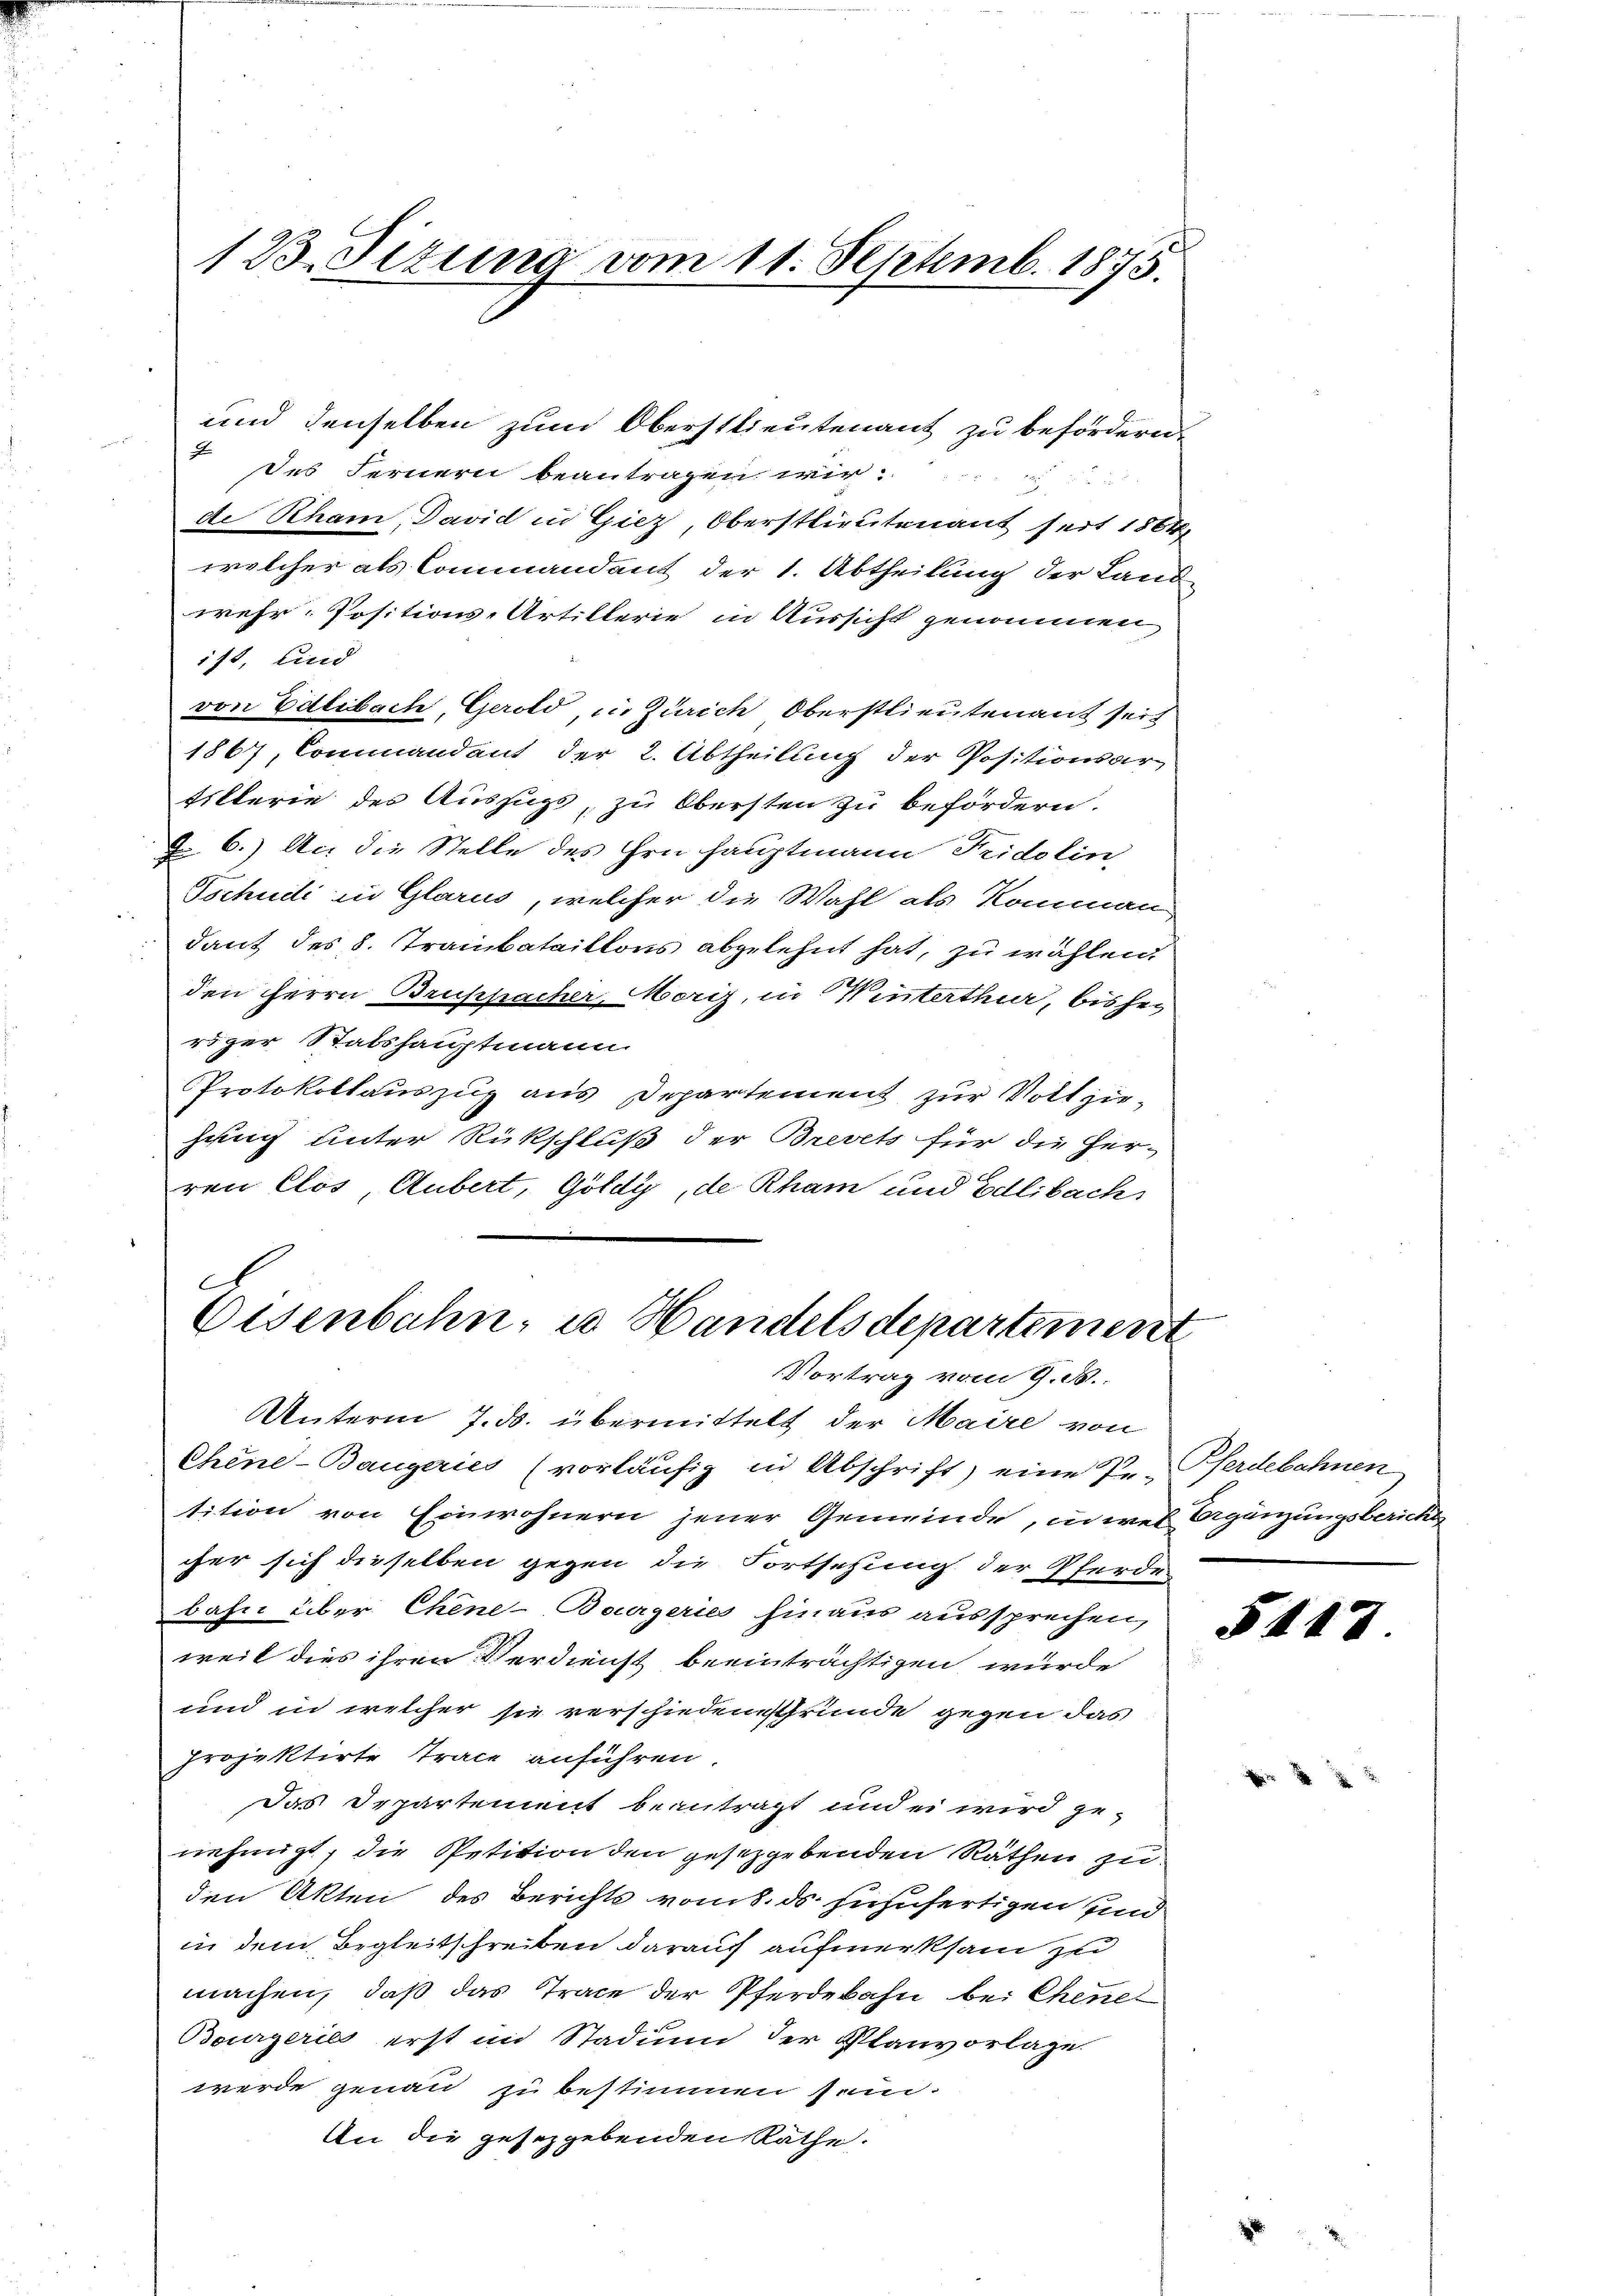
123. Titung vom 11. Septemb. 1875.

des Fernern beantragen wir
de Rham, David in Giez, Oberstlieutenant seit 1864,
welcher als Commandant der 1. Abtheilung der Land-
wehr. Positions-Artillerie in Aussicht genommen,
118, Lind
von Edlibach, Gerold, in Zürich Oberstlieutenant seit
1867, Commandant der 2. Abtheilung der Positionsarfillerie des Auszugs, zu Obersten zu befördern.
Fr. 6.) An die Stelle des Hrn. Hauptmann Fridolin
Tschudi in Glarus, welcher die Wahl als Komman
dant des 8. Trambataillons abgelehnt hat, zu wählen.
den Herrn Bruppacher, Marig, in Winterthur, bisher
rizer Stabshauptmann.
Protokollauszug aus Departement zur Vollziehung unter Rückschluß der Brevet für die Her-
ren Clos, Aubert, Göldy, de Rham und Edlibach

und denselben zum Oberstlieutenant zu befördern.

C
Eisenbahn, in Handels departement
Vortrag vom 9. d.

Unterm 7. ds. übermittelt der Maire von
Chine-Baugeries (vorläufig in Abschrift) eine Pe-
tition von Einwohnern jener Gemeinde, in wel Argänzungsberichts
cher sich dieselben gegen die Fortsehung der Pferde.
bahn über Chine-Bourgeries hinaus aussprechen,
weil dies ihren Verdienst beeinträchtigen wurde
und in welcher sie verschiedensrunde gegen das
projektirte Trace anführen.
Das Departement beantragt und ei wird ge-
nehmigt, die Petition den gesetzgebenden Räthen zu
den Akten des Berichts vom 8. ds. zuzufertigen und
in dem Begleitschreiben darauf aufmerksam zu
machen, daß das Trace der Pferdebahn bei Chene
Bourgerie erst im Stadium der Planvorlage
werde genau zu bestimmen sein.
An die gesetzgebenden Räthe.

Pferdebahnen
6

5442